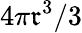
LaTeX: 4\pi\mathfrak{r}^{3}/3